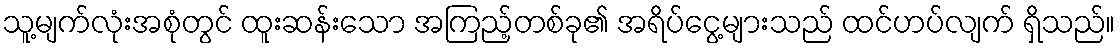
သူ့မျက်လုံးအစုံတွင် ထူးဆန်းသော အကြည့်တစ်ခု၏ အရိပ်ငွေ့များသည် ထင်ဟပ်လျက် ရှိသည်။